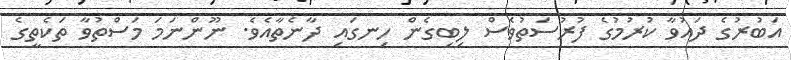
އަބުރުގެ ދައުވާ ކުރުމުގެ ފުރުސަތުވެސް ލިބިގެން ހިނގައި ދާނެތާއެވެ. ނޫންނަމަ މަސްތުވާ ތަކެތީގެ